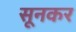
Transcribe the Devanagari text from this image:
सूनकर